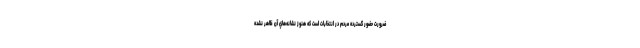
ضرورت حضور گسترده مردم در انتخابات است كه هنوز نشانه‌هاي آن ظاهر نشده